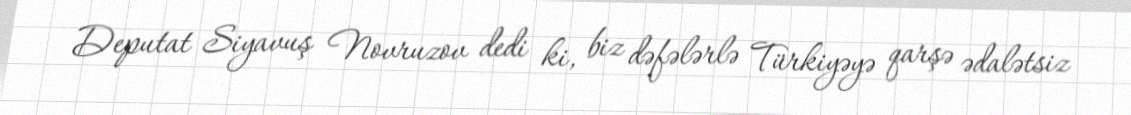
Deputat Siyavuş Novruzov dedi ki, biz dəfələrlə Türkiyəyə qarşə ədalətsiz